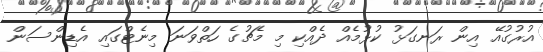
އުރުގުއޭ އިން ރަނގަޅު ކުޅުމެއް ދެއްކި މި މެޗުގެ ހަތްވަނަ މިނެޓްގައި އެޑިންސަން